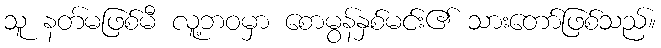
သူ နတ်မဖြစ်မီ လူ့ဘဝမှာ စောမွန်နှစ်မင်း၏ သားတော်ဖြစ်သည်။